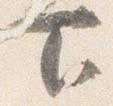
下